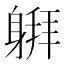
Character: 𰹅